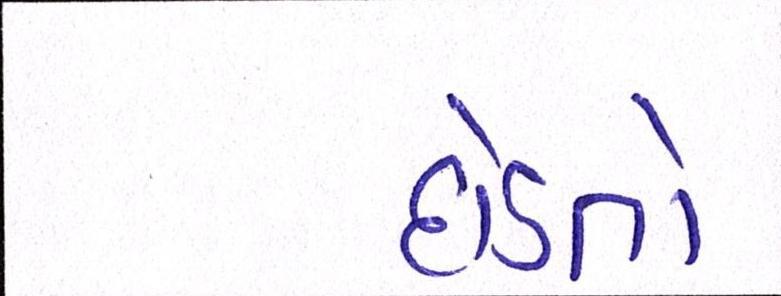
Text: દોડતો